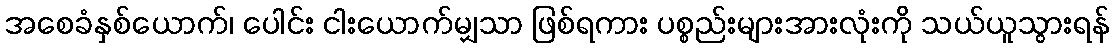
အစေခံနှစ်ယောက်၊ ပေါင်း ငါးယောက်မျှသာ ဖြစ်ရကား ပစ္စည်းများအားလုံးကို သယ်ယူသွားရန်